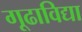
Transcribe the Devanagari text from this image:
गूढाविद्या